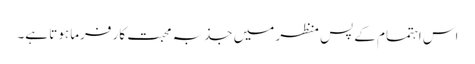
اس اہتمام کے پس منظر میں جذبہ محبت کار فرما ہوتا ہے۔